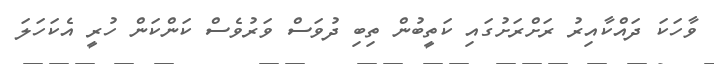
ވާހަކަ ދައްކާއިރު ރަށްރަށުގައި ކަތީބުން ތިބި ދުވަސް ވަރުވެސް ކަންކަން ހުރީ އެކަހަލަ